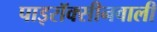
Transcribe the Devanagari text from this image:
पाइरॉक्सीनवाली